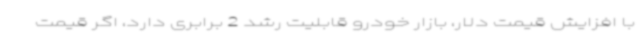
با افزایش قیمت دلار، بازار خودرو قابلیت رشد 2 برابری دارد، اگر قیمت